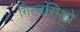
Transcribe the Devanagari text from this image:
गिम्नसिओ